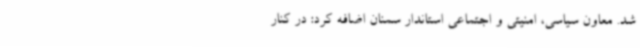
شد. معاون سیاسی، امنیتی و اجتماعی استاندار سمنان اضافه کرد: در کنار